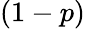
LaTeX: (1-p)